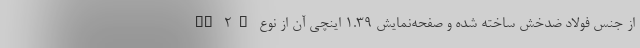
GT 2e از جنس فولاد ضدخش ساخته شده و صفحه‌نمایش 1.39 اینچی آن از نوع